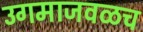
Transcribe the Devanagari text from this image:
उगमाजवळच